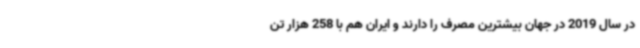
در سال 2019 در جهان بیشترین مصرف را دارند و ایران هم با 258 هزار تن